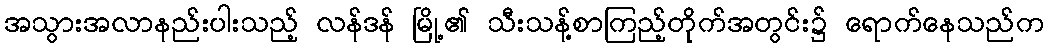
အသွားအလာနည်းပါးသည့် လန်ဒန် မြို့၏ သီးသန့်စာကြည့်တိုက်အတွင်း၌ ရောက်နေသည်က